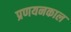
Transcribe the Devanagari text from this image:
प्रणयनकाल